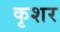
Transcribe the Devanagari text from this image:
कृशर